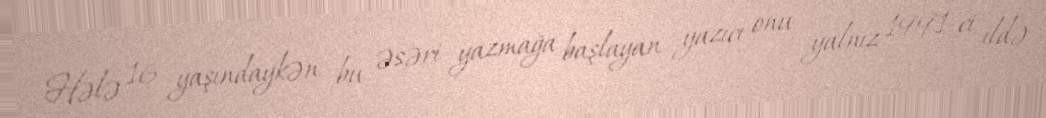
Hələ 16 yaşındaykən bu əsəri yazmağa başlayan yazıçı onu yalnız 1991-ci ildə